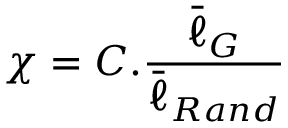
\chi = C . \frac { \bar { \ell } _ { G } } { \bar { \ell } _ { R a n d } }